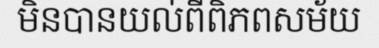
មិនបានយល់ពីពិភពសម័យ